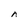
Character: n